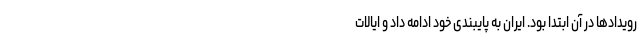
رویدادها در آن ابتدا بود. ایران به پایبندی خود ادامه داد و ایالات